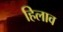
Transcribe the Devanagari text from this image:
हिलाव